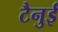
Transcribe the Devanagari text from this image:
टैनुई